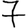
Digit: 7